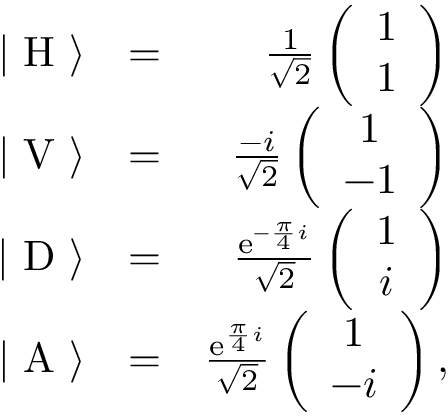
\begin{array} { r l r } { | \ \mathrm { H } \ \rangle } & { = } & { \frac { 1 } { \sqrt { 2 } } \left( \begin{array} { c } { 1 } \\ { 1 } \end{array} \right) } \\ { | \ \mathrm { V } \ \rangle } & { = } & { \frac { - i } { \sqrt { 2 } } \left( \begin{array} { c } { 1 } \\ { - 1 } \end{array} \right) } \\ { | \ \mathrm { D } \ \rangle } & { = } & { \frac { \mathrm { e } ^ { - \frac { \pi } { 4 } i } } { \sqrt { 2 } } \left( \begin{array} { c } { 1 } \\ { i } \end{array} \right) } \\ { | \ \mathrm { A } \ \rangle } & { = } & { \frac { \mathrm { e } ^ { \frac { \pi } { 4 } i } } { \sqrt { 2 } } \left( \begin{array} { c } { 1 } \\ { - i } \end{array} \right) , } \end{array}